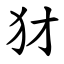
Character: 犲